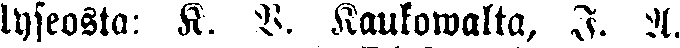
lyseosta: K. V. Kaukowalta, I. A.